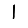
Digit: 1